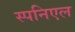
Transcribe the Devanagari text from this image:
स्पनिएल